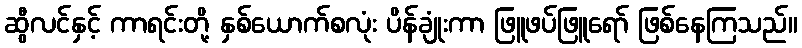
ဆွီလင်နှင့် ကာရင်းတို့ နှစ်ယောက်စလုံး ပိန်ချုံးကာ ဖြူဖပ်ဖြူရော် ဖြစ်နေကြသည်။